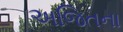
અજિતના